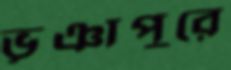
ভূঞাপুরে